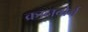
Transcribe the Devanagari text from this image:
क्रानबोर्न